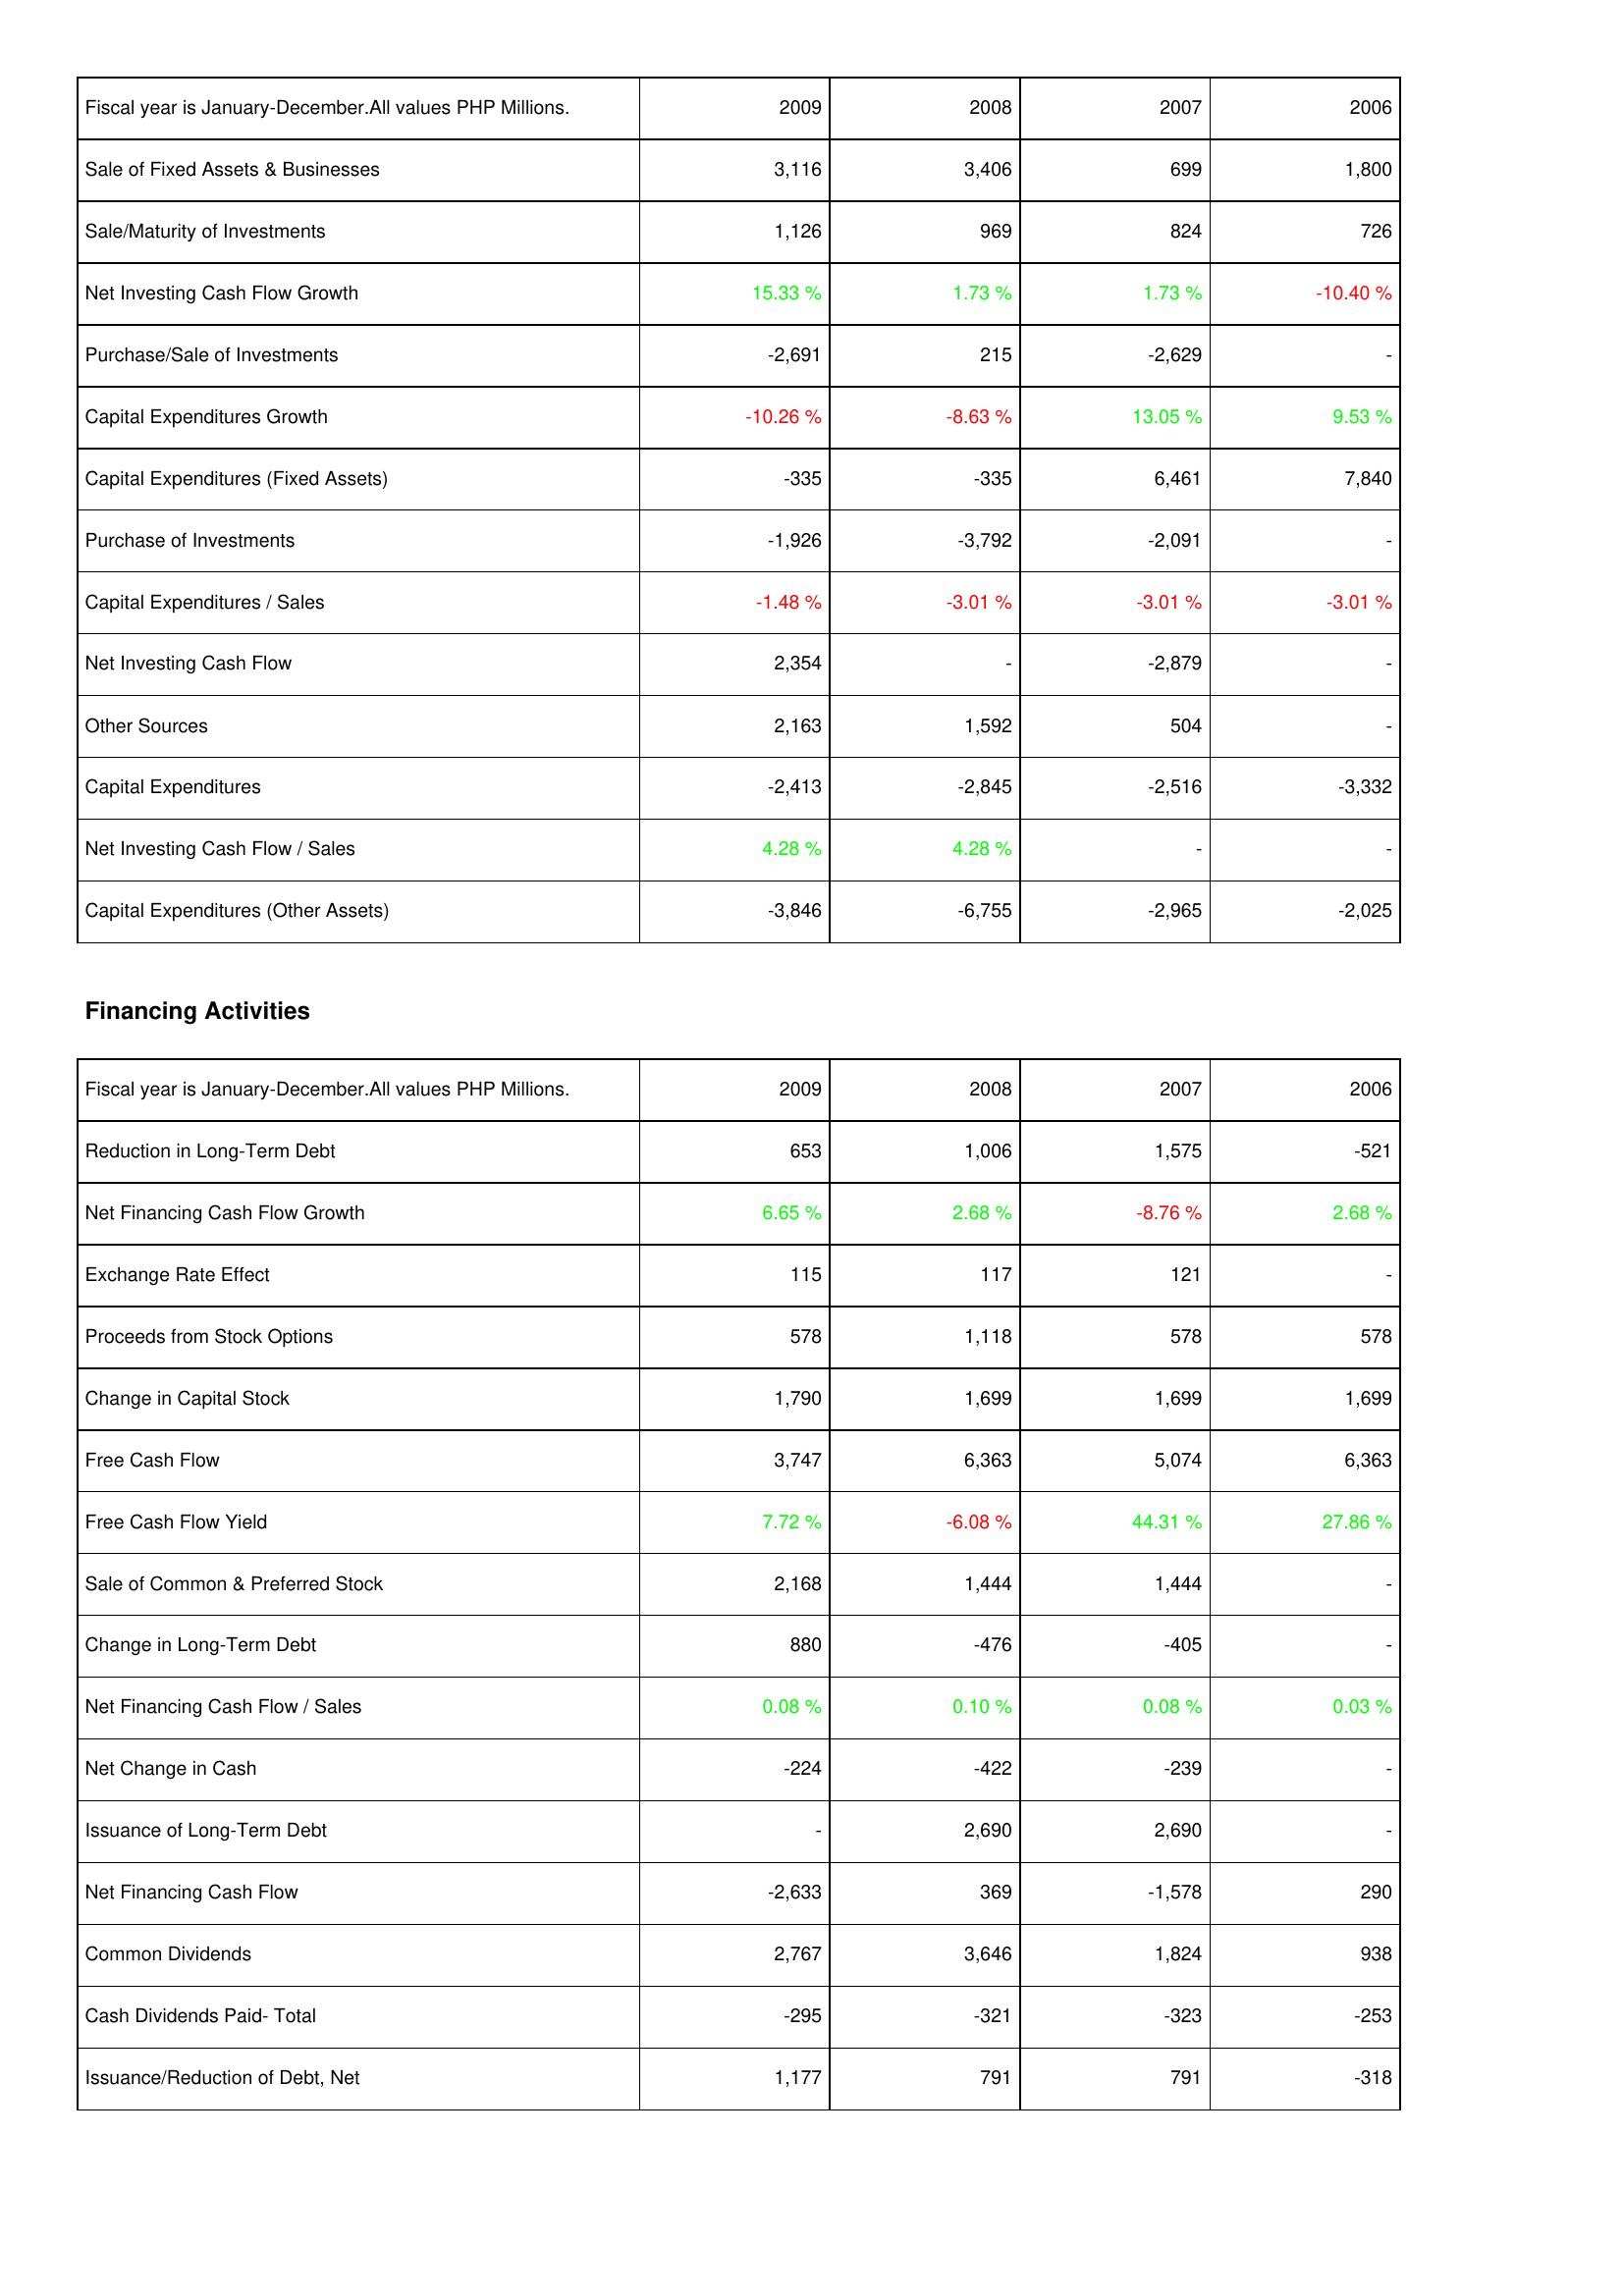
2009: Investing Activities: Sale of Fixed Assets & Businesses: 3,116
Sale/Maturity of Investments: 1,126
Net Investing Cash Flow Growth: 15.33 %
Purchase/Sale of Investments: -2,691
Capital Expenditures Growth: -10.26 %
Capital Expenditures (Fixed Assets): -335
Purchase of Investments: -1,926
Capital Expenditures / Sales: -1.48 %
Net Investing Cash Flow: 2,354
Other Sources: 2,163
Capital Expenditures: -2,413
Net Investing Cash Flow / Sales: 4.28 %
Capital Expenditures (Other Assets): -3,846
Financing Activities: Reduction in Long-Term Debt: 653
Net Financing Cash Flow Growth: 6.65 %
Exchange Rate Effect: 115
Proceeds from Stock Options: 578
Change in Capital Stock: 1,790
Free Cash Flow: 3,747
Free Cash Flow Yield: 7.72 %
Sale of Common & Preferred Stock: 2,168
Change in Long-Term Debt: 880
Net Financing Cash Flow / Sales: 0.08 %
Net Change in Cash: -224
Issuance of Long-Term Debt: -
Net Financing Cash Flow: -2,633
Common Dividends: 2,767
Cash Dividends Paid- Total: -295
Issuance/Reduction of Debt, Net: 1,177
2008: Investing Activities: Sale of Fixed Assets & Businesses: 3,406
Sale/Maturity of Investments: 969
Net Investing Cash Flow Growth: 1.73 %
Purchase/Sale of Investments: 215
Capital Expenditures Growth: -8.63 %
Capital Expenditures (Fixed Assets): -335
Purchase of Investments: -3,792
Capital Expenditures / Sales: -3.01 %
Net Investing Cash Flow: -
Other Sources: 1,592
Capital Expenditures: -2,845
Net Investing Cash Flow / Sales: 4.28 %
Capital Expenditures (Other Assets): -6,755
Financing Activities: Reduction in Long-Term Debt: 1,006
Net Financing Cash Flow Growth: 2.68 %
Exchange Rate Effect: 117
Proceeds from Stock Options: 1,118
Change in Capital Stock: 1,699
Free Cash Flow: 6,363
Free Cash Flow Yield: -6.08 %
Sale of Common & Preferred Stock: 1,444
Change in Long-Term Debt: -476
Net Financing Cash Flow / Sales: 0.10 %
Net Change in Cash: -422
Issuance of Long-Term Debt: 2,690
Net Financing Cash Flow: 369
Common Dividends: 3,646
Cash Dividends Paid- Total: -321
Issuance/Reduction of Debt, Net: 791
2007: Investing Activities: Sale of Fixed Assets & Businesses: 699
Sale/Maturity of Investments: 824
Net Investing Cash Flow Growth: 1.73 %
Purchase/Sale of Investments: -2,629
Capital Expenditures Growth: 13.05 %
Capital Expenditures (Fixed Assets): 6,461
Purchase of Investments: -2,091
Capital Expenditures / Sales: -3.01 %
Net Investing Cash Flow: -2,879
Other Sources: 504
Capital Expenditures: -2,516
Net Investing Cash Flow / Sales: -
Capital Expenditures (Other Assets): -2,965
Financing Activities: Reduction in Long-Term Debt: 1,575
Net Financing Cash Flow Growth: -8.76 %
Exchange Rate Effect: 121
Proceeds from Stock Options: 578
Change in Capital Stock: 1,699
Free Cash Flow: 5,074
Free Cash Flow Yield: 44.31 %
Sale of Common & Preferred Stock: 1,444
Change in Long-Term Debt: -405
Net Financing Cash Flow / Sales: 0.08 %
Net Change in Cash: -239
Issuance of Long-Term Debt: 2,690
Net Financing Cash Flow: -1,578
Common Dividends: 1,824
Cash Dividends Paid- Total: -323
Issuance/Reduction of Debt, Net: 791
2006: Investing Activities: Sale of Fixed Assets & Businesses: 1,800
Sale/Maturity of Investments: 726
Net Investing Cash Flow Growth: -10.40 %
Purchase/Sale of Investments: -
Capital Expenditures Growth: 9.53 %
Capital Expenditures (Fixed Assets): 7,840
Purchase of Investments: -
Capital Expenditures / Sales: -3.01 %
Net Investing Cash Flow: -
Other Sources: -
Capital Expenditures: -3,332
Net Investing Cash Flow / Sales: -
Capital Expenditures (Other Assets): -2,025
Financing Activities: Reduction in Long-Term Debt: -521
Net Financing Cash Flow Growth: 2.68 %
Exchange Rate Effect: -
Proceeds from Stock Options: 578
Change in Capital Stock: 1,699
Free Cash Flow: 6,363
Free Cash Flow Yield: 27.86 %
Sale of Common & Preferred Stock: -
Change in Long-Term Debt: -
Net Financing Cash Flow / Sales: 0.03 %
Net Change in Cash: -
Issuance of Long-Term Debt: -
Net Financing Cash Flow: 290
Common Dividends: 938
Cash Dividends Paid- Total: -253
Issuance/Reduction of Debt, Net: -318